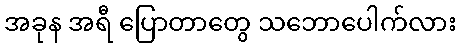
အခုန အရီ ပြောတာတွေ သဘောပေါက်လား